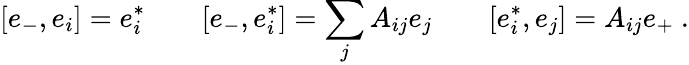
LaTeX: [e_{-},e_{i}]=e_{i}^{*}\qquad[e_{-},e_{i}^{*}]=\sum_{j}A_{ij}e_{j}\qquad[e_{i}^{*},e_{j}]=A_{ij}e_{+}~.